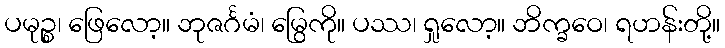
ပမုဉ္စ၊ ဖြေလော့။ ဘုဇင်္ဂမံ၊ မြွေကို။ ပဿ၊ ရှုလော့။ ဘိက္ခဝေ၊ ရဟန်းတို့။